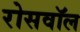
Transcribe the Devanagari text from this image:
रोसवॉल